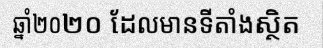
ឆ្នាំ២០២០ ដែលមានទីតាំងស្ថិត